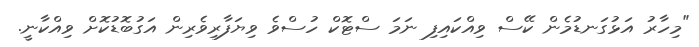
"މިހާރު އަޅުގަނޑުމެން ކޭސް ވިއްކައިފި ނަމަ ސްޓޮކް ހުސްވެ ވިޔަފާރިވެރިން އަގުބޮޑުކޮށް ވިއްކާނީ.